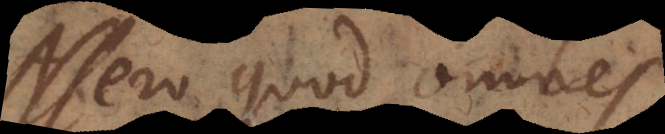
Assero quod omnes